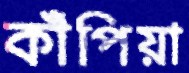
কাঁপিয়া